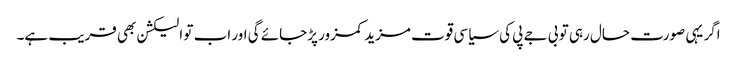
اگر یہی صورت حال رہی تو بی جے پی کی سیاسی قوت مزید کمزور پڑجائے گی اور اب تو الیکشن بھی قریب ہے۔